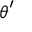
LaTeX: { \boldsymbol { \theta } } ^ { \prime }